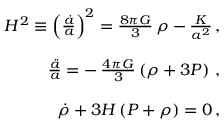
\begin{array} { r l r } & { } & { H ^ { 2 } \equiv \left( \frac { \dot { a } } { a } \right) ^ { 2 } = \frac { 8 \pi G } { 3 } \, \rho - \frac { K } { a ^ { 2 } } \, , } \\ & { } & \\ & { } & { \frac { \ddot { a } } { a } = - \, \frac { 4 \pi G } { 3 } \left( \rho + 3 P \right) \, , } \\ & { } & \\ & { } & { \dot { \rho } + 3 H \left( P + \rho \right) = 0 \, , } \end{array}